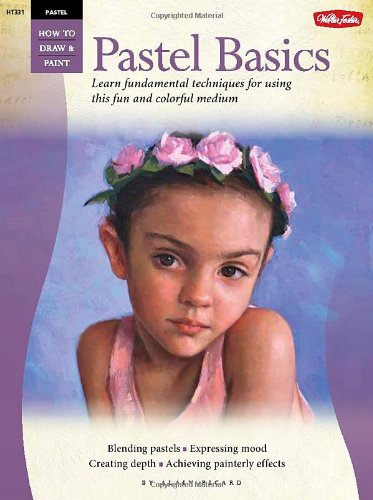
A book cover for Pastel: Basics: Learn fundamental techniques for using this fun and colorful medium (How to Draw & Paint); Alain Picard; Arts & Photography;